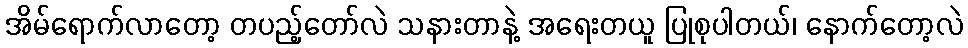
အိမ်ရောက်လာတော့ တပည့်တော်လဲ သနားတာနဲ့ အရေးတယူ ပြုစုပါတယ်၊ နောက်တော့လဲ